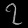
Digit: ၇